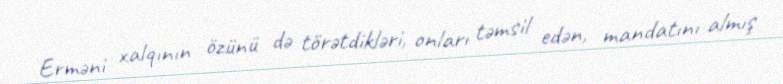
Erməni xalqının özünü də törətdikləri, onları təmsil edən, mandatını almış